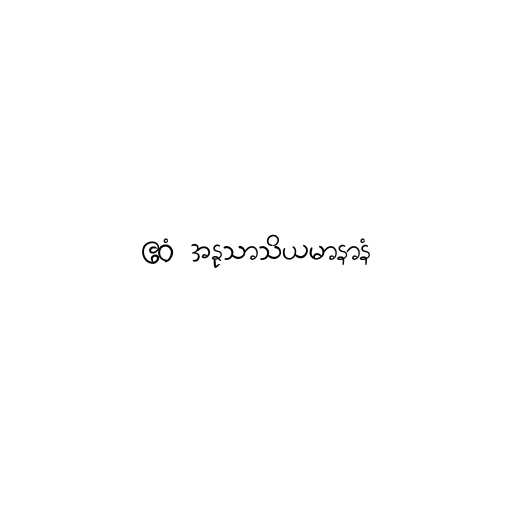
ဧဝံ အနုသာသိယမာနာနံ